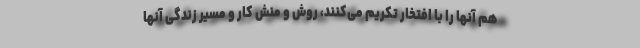
هم آنها را با افتخار تکریم می‌کنند، روش و منش کار و مسیر زندگی آنها